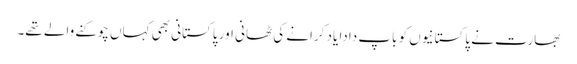
بھارت نے پاکستانیوں کو باپ دادا یاد کرانے کی ٹھانی اور پاکستانی بھی کہاں چوکنے والے تھے۔